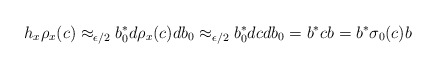
\begin{align*} h_x\rho_x(c) \approx_{\epsilon/2} b_0^\ast d \rho_x(c) d b_0 \approx_{\epsilon/2} b_0^\ast d c d b_0 = b^\ast c b = b^\ast \sigma_0(c) b\end{align*}